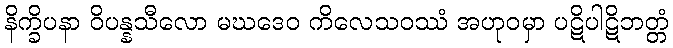
နိက္ခိပနာ ဝိပန္နသီလော မဃဒေဝ ကိလေသဝဿံ အဟုဝမှာ ပဋိပါဋိဘတ္တံ